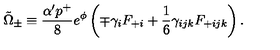
\tilde { \Omega } _ { \pm } \equiv { \frac { \alpha ^ { \prime } p ^ { + } } { 8 } } e ^ { \phi } \left( \mp \gamma _ { i } F _ { + i } + { \frac { 1 } { 6 } } \gamma _ { i j k } F _ { + i j k } \right) .